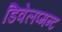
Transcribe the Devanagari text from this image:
डिवेलप्मन्ट